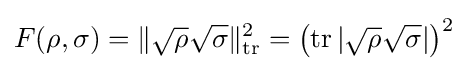
F(\rho ,\sigma )=\lVert {\sqrt {\rho }}{\sqrt {\sigma }}\rVert _{\operatorname {tr} }^{2}=\left(\operatorname {tr} |{\sqrt {\rho }}{\sqrt {\sigma }}|\right)^{2}